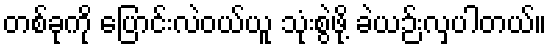
တစ်ခုကို ပြောင်းလဲဝယ်ယူ သုံးစွဲဖို့ ခဲယဉ်းလှပါတယ်။